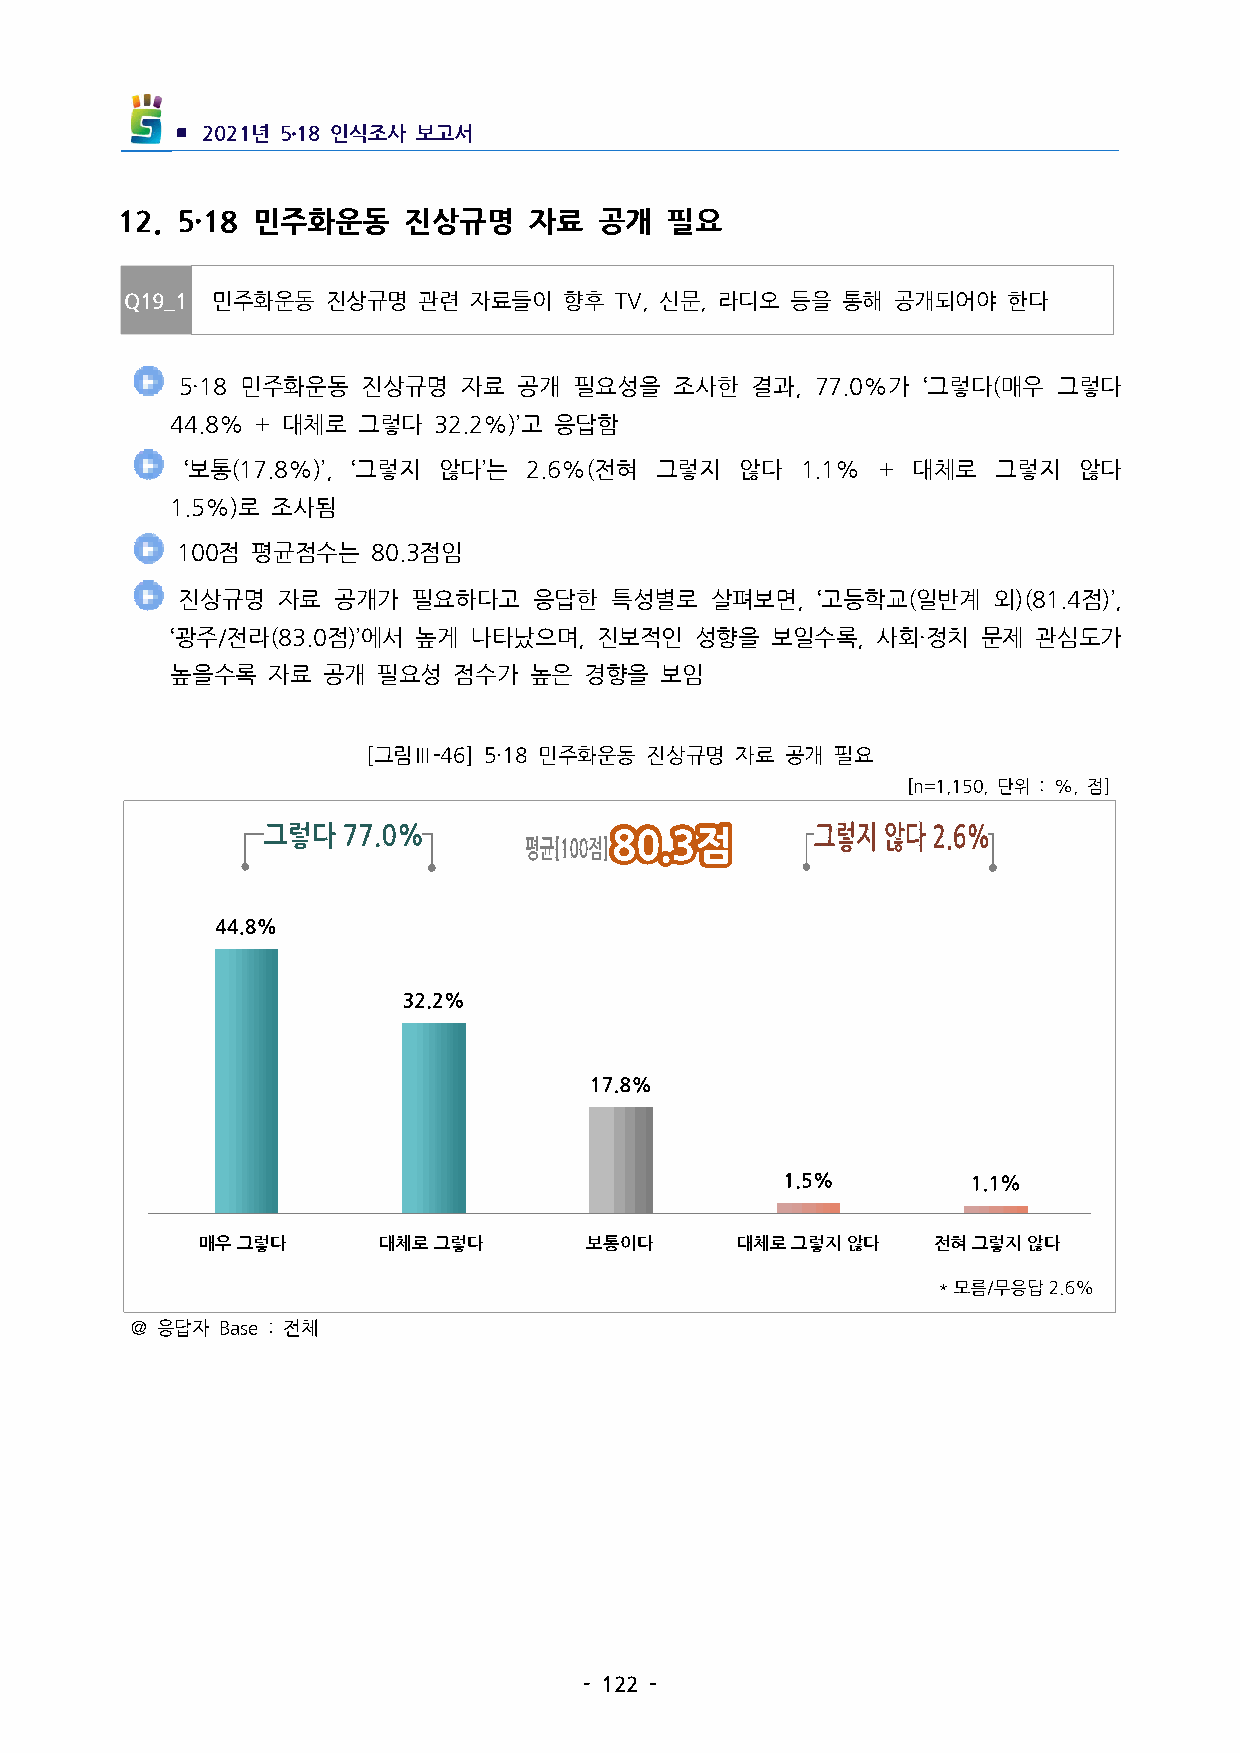
▪ 2021년 5․18인식조사 보고서
 12. 5·18 민주화운동   진상규명    자료   공개  필요
 Q19_1 민주화운동   진상규명  관련 자료들이  향후  TV,신문,라디오 등을 통해 공개되어야   한다
  5·18 민주화운동 진상규명  자료 공개  필요성을   조사한  결과, 77.0%가 ‘그렇다(매우 그렇다
 44.8%+대체로  그렇다  32.2%)’고 응답함
  ‘보통(17.8%)’, ‘그렇지 않다’는 2.6%(전혀 그렇지 않다  1.1% + 대체로 그렇지  않다
 1.5%)로 조사됨
 100점 평균점수는   80.3점임
  진상규명 자료  공개가  필요하다고   응답한  특성별로   살펴보면, ‘고등학교(일반계   외)(81.4점)’,
 ‘광주/전라(83.0점)’에서 높게 나타났으며,진보적인    성향을  보일수록,사회·정치   문제  관심도가
 높을수록   자료 공개  필요성  점수가  높은  경향을  보임
 [그림Ⅲ-46] 5·18민주화운동 진상규명 자료 공개 필요
 [n=1,150,단위 :%,점]
 매우그렇다       대체로그렇다        보통이다      대체로그렇지않다     전혀그렇지않다
 ＠응답자 Base:전체
 -122-